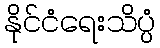
နိုင်ငံရေးသိပ္ပံ